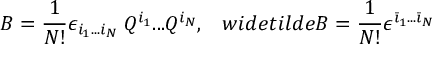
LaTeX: B = \frac 1 { N ! } \epsilon _ { i _ { 1 } . . . i _ { N } } \; Q ^ { i _ { 1 } } . . . Q ^ { i _ { N } } , \ \ \, w i d e t i l d e { B } = \frac 1 { N ! } \epsilon ^ { { \bar { \imath } } _ { 1 } . . . { \bar { \imath } } _ { N } } \;